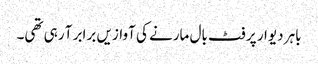
باہر دیوار پر فٹ بال مارنے کی آوازیں برابر آ رہی تھی۔